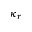
\kappa _ { r }